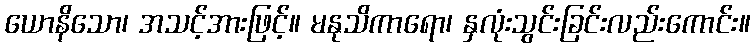
ယောနိသော၊ အသင့်အားဖြင့်။ မနုသိကာရော၊ နှလုံးသွင်းခြင်းလည်းကောင်း။